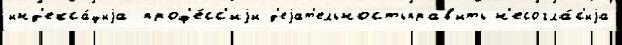
инд'екса́циjа проф'е́сс'иjи д'еjат'ельностьправ'ить н'есогла́с'иjа